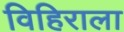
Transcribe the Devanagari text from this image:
विहिराला